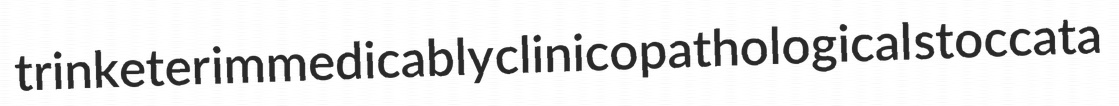
trinketer immedicably clinicopathological stoccata